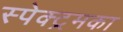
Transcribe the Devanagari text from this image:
स्पेक्ट्रमका